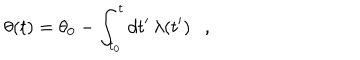
LaTeX: \theta ( t ) = \theta _ { 0 } - \int _ { t _ { 0 } } ^ { t } d t ^ { \prime } \, \lambda ( t ^ { \prime } ) \ \ \ ,